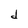
Character: d